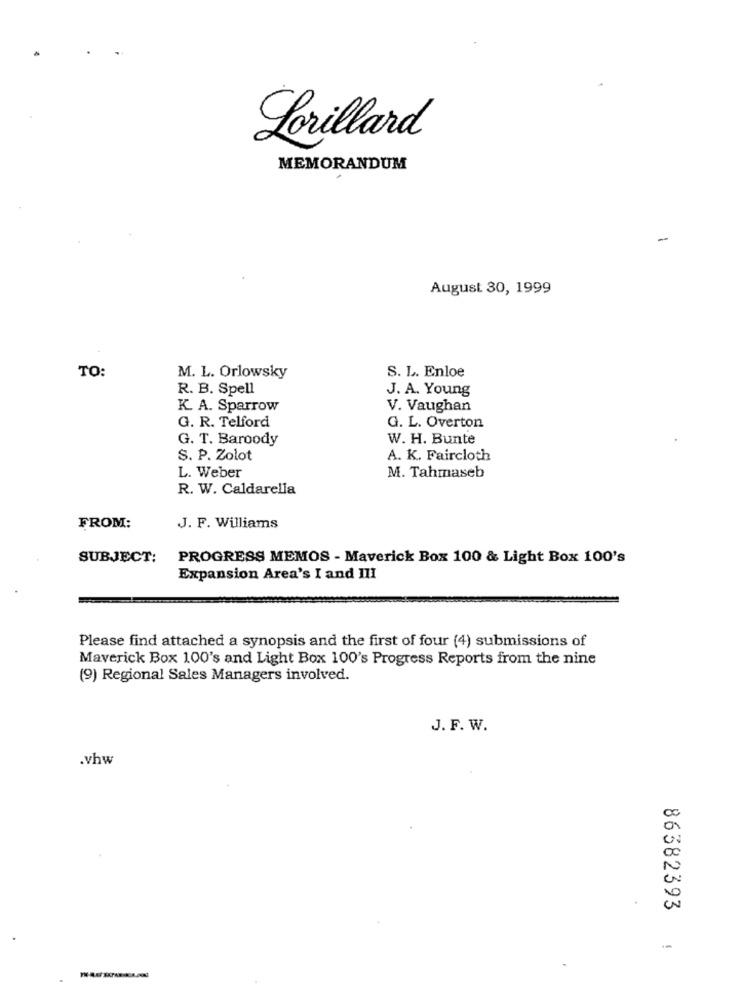
Lorillard
MEMORANDUM
-
August 30, 1999
TO:
S. L. Enloe
M. L. Orlowsky
R. B. Spell
J. A. Young
K. A. Sparrow
V. Vaughan
G. R. Telford
G. L. Overton
G. T. Baroody
W. H. Bunte
S. P. Zolot
A. K. Faircloth
L. Weber
M. Tahmaseb
R. W. Caldarella
FROM:
J. F. Williams
SUBJECT:
PROGRESS MEMOS - Maverick Box 100 & Light Box 100's
Expansion Area's I and III
Please find attached a synopsis and the first of four (4) submissions of
Maverick Box 100's and Light Box 100's Progress Reports from the nine
(9) Regional Sales Managers involved.
J. F. W.
.vhw
86382393
-